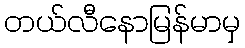
တယ်လီနောမြန်မာမှ